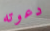
دعوته